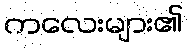
ကလေးများ၏